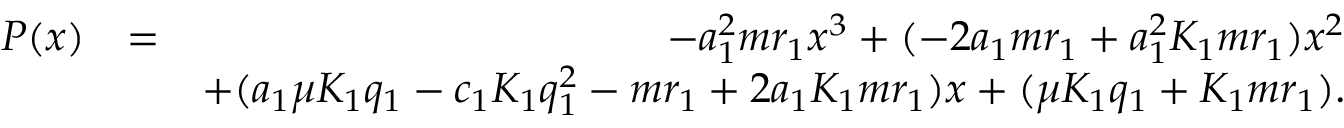
\begin{array} { r l r } { P ( x ) } & { = } & { - a _ { 1 } ^ { 2 } m r _ { 1 } x ^ { 3 } + ( - 2 a _ { 1 } m r _ { 1 } + a _ { 1 } ^ { 2 } K _ { 1 } m r _ { 1 } ) x ^ { 2 } } \\ & { } & { + ( a _ { 1 } \mu K _ { 1 } q _ { 1 } - c _ { 1 } K _ { 1 } q _ { 1 } ^ { 2 } - m r _ { 1 } + 2 a _ { 1 } K _ { 1 } m r _ { 1 } ) x + ( \mu K _ { 1 } q _ { 1 } + K _ { 1 } m r _ { 1 } ) . } \end{array}